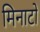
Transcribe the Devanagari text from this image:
मिनाटो